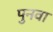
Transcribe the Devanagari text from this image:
पुनवा